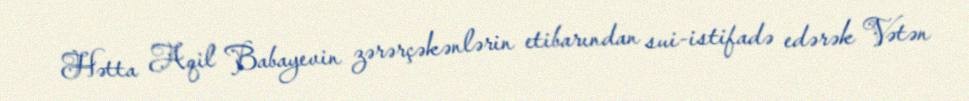
Hətta Aqil Babayevin zərərçəkənlərin etibarından sui-istifadə edərək Vətən